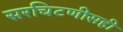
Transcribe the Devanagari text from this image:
सरचिटणीसही